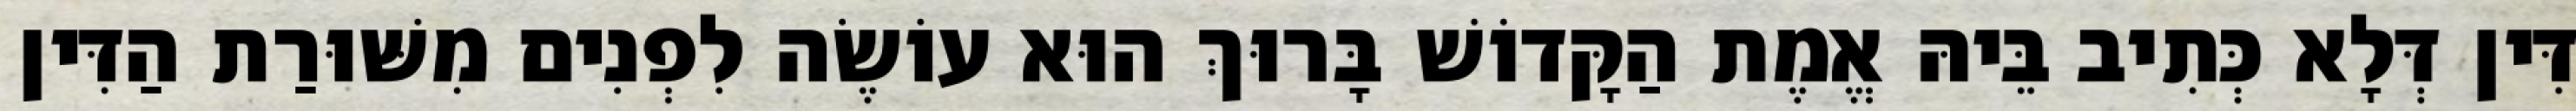
דִּין דְּלָא כְּתִיב בֵּיהּ אֱמֶת הַקָּדוֹשׁ בָּרוּךְ הוּא עוֹשֶׂה לִפְנִים מִשּׁוּרַת הַדִּין